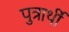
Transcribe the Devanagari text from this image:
पुत्रार्थी